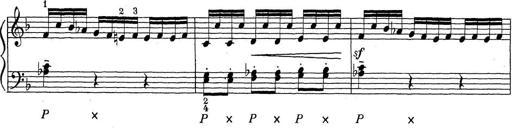
Title: ÄŒeskÃ© Sonatiny
Composer: Various